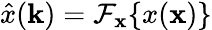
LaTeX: \hat{x}(\mathbf{k})=\mathcal{F}_{\mathbf{x}}\{ x(\mathbf{x})\}